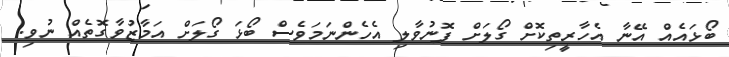
ބޯޅައެއް އޭނާ އެހާރީތިކޮށް ގޯލަށް ފޮނުވާލި އެހެންނަމަވެސް ބޯޅަ ގޯލަށް އަމާޒުވާގޮތެއް ނުވި.